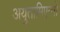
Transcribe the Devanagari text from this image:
अयुतामिएन्तो